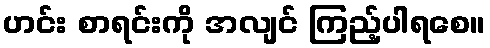
ဟင်း စာရင်းကို အလျင် ကြည့်ပါရစေ။